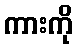
ကားကို